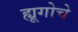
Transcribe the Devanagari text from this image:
ह्यूगोचे